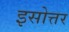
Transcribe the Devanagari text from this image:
इसोत्तर